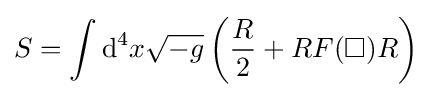
S=\int \mathrm {d} ^{4}x{\sqrt {-g}}\left({\frac {R}{2}}+RF(\Box )R\right)